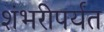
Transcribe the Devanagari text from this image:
शंभरीपर्यंत